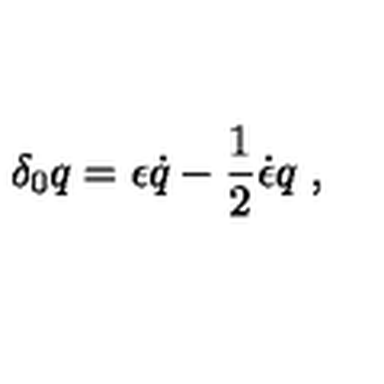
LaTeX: \delta _ { 0 } q = \epsilon \dot { q } - { \frac { 1 } { 2 } } \dot { \epsilon } q \ ,